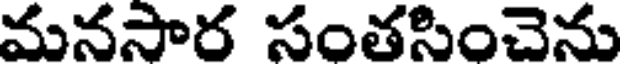
మనసార సంతసించెను